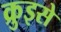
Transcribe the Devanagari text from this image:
क्रुइसे